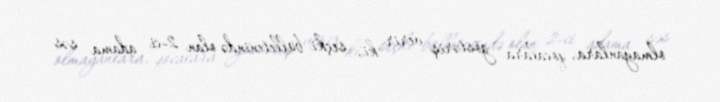
olmayanlara, qocalara göstəriş verir ki, seçki bülletenində olan 2-ci adama səs